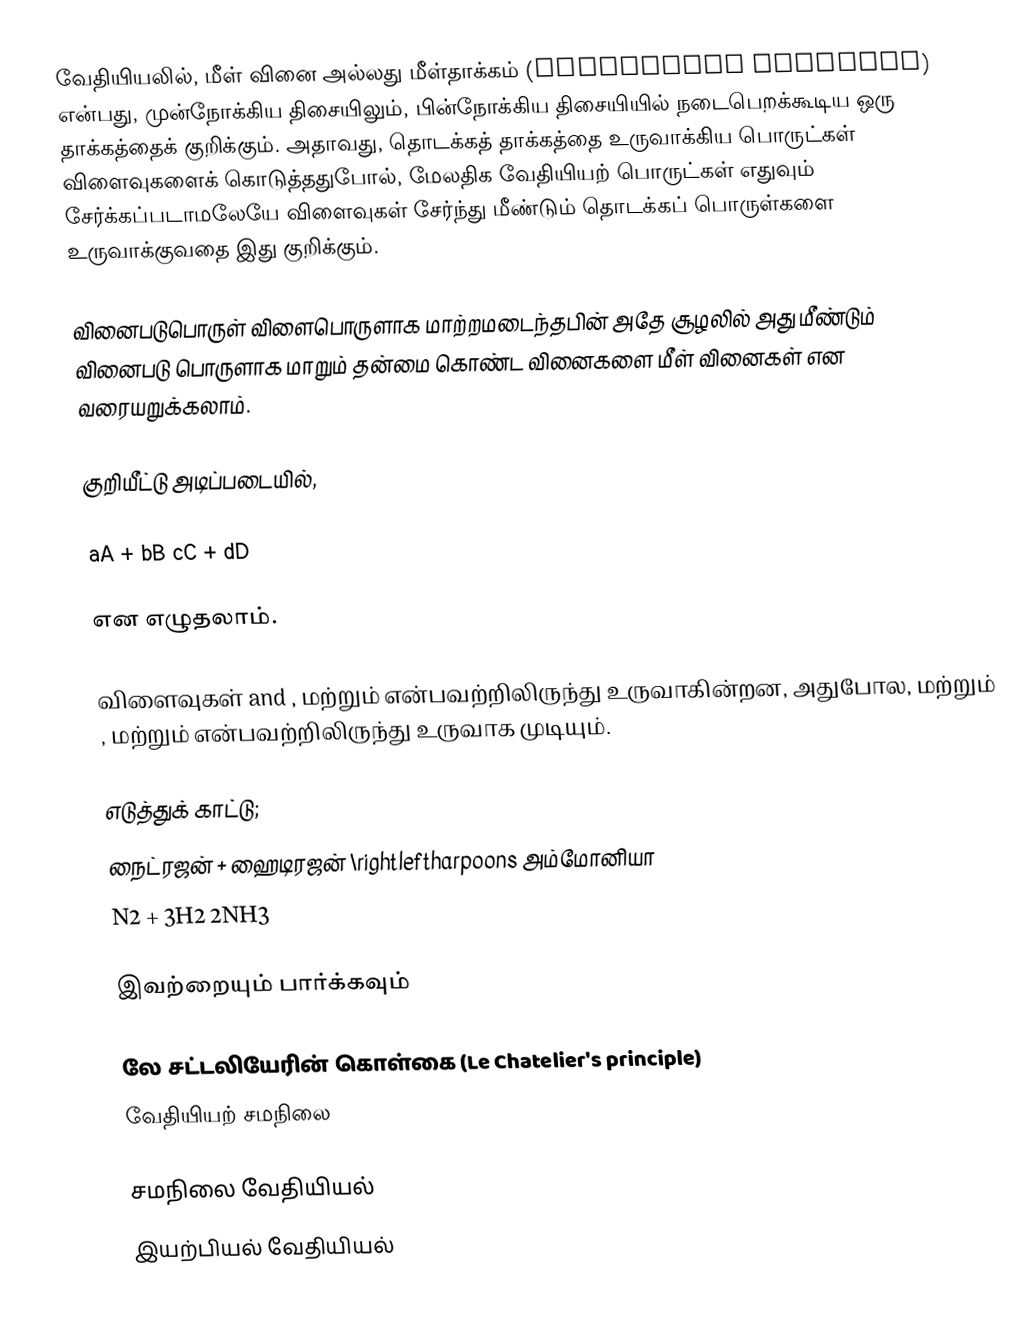
வேதியியலில், மீள் வினை அல்லது மீள்தாக்கம் (reversible reaction) என்பது, முன்நோக்கிய திசையிலும், பின்நோக்கிய திசையியில் நடைபெறக்கூடிய ஒரு தாக்கத்தைக் குறிக்கும். அதாவது, தொடக்கத் தாக்கத்தை உருவாக்கிய பொருட்கள் விளைவுகளைக் கொடுத்ததுபோல், மேலதிக வேதியியற் பொருட்கள் எதுவும் சேர்க்கப்படாமலேயே விளைவுகள் சேர்ந்து மீண்டும் தொடக்கப் பொருள்களை உருவாக்குவதை இது குறிக்கும்.

வினைபடுபொருள் விளைபொருளாக மாற்றமடைந்தபின் அதே சூழலில் அது மீண்டும் வினைபடு பொருளாக மாறும் தன்மை கொண்ட வினைகளை மீள் வினைகள் என வரையறுக்கலாம்.

குறியீட்டு அடிப்படையில்,

aA + bB  cC + dD

என எழுதலாம்.

விளைவுகள்  and ,  மற்றும்  என்பவற்றிலிருந்து உருவாகின்றன, அதுபோல,  மற்றும் ,  மற்றும்  என்பவற்றிலிருந்து உருவாக முடியும்.

எடுத்துக் காட்டு;
நைட்ரஜன் + ஹைடிரஜன் \rightleftharpoons அம்மோனியா
N2 + 3H2  2NH3

இவற்றையும் பார்க்கவும்

 லே சட்டலியேரின் கொள்கை (Le Chatelier's principle)
 வேதியியற் சமநிலை

சமநிலை வேதியியல்
இயற்பியல் வேதியியல்